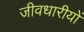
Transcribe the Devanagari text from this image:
जीवधारीयों